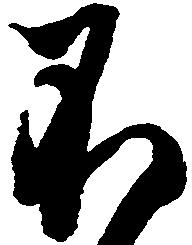
不